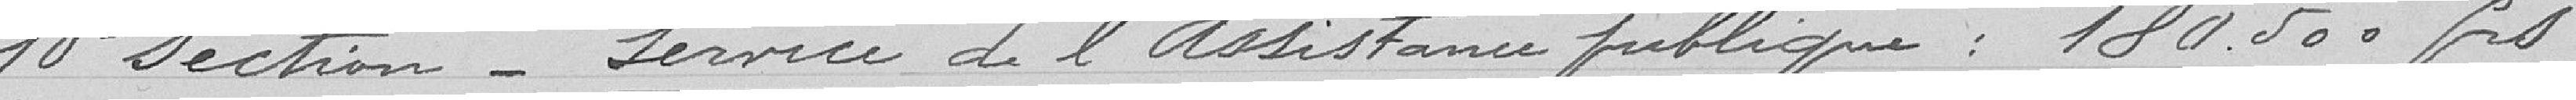
10° section - Service de l'assistance publique : 180.500 francs